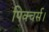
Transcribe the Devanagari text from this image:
पिक्चर्स।